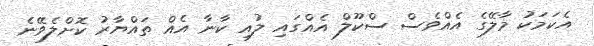
އެކަމަކު މާލޭގެ އެއްވެސް ސްކޫލް އެއްގައި ލުއި ކާނާ އެއް ތައްޔާރު ކޮށްލެވޭނެ